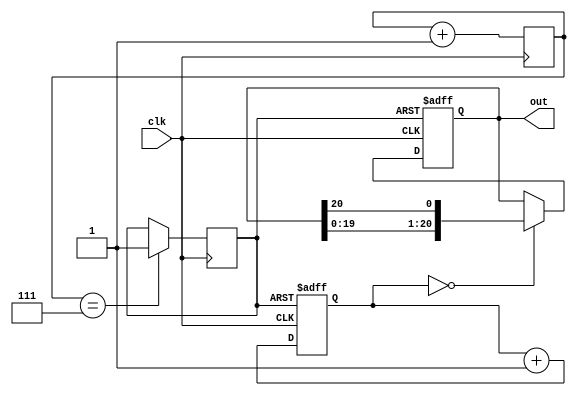

module cdpga_h(
    input clk,
    output reg [20:0] out
);

reg rst_n = 0;

reg [2:0] reset_cnt = 0;
always @(posedge clk) begin
    reset_cnt <= reset_cnt + 1;
    if (reset_cnt == 3'b111)
        rst_n <= 1;
end 

reg [20:0] counter;
//reg [4:0] counter;

always @(posedge clk or negedge rst_n)
    if (!rst_n) begin
        counter <= 0;
        out <= 21'bzzzzzzzzzzzzzzzzzzzz0;
    end
    else begin
        counter <= counter + 1;
        if (counter == 0) begin
            out <= {out[19:0], out[20]};
        end
    end

endmodule